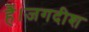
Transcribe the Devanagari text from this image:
हैं।जगदीश